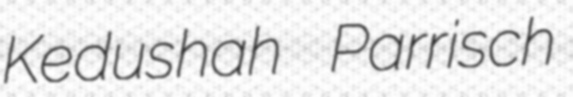
Kedushah Parrisch